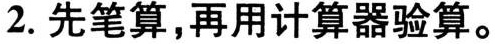
2. 先笔算，再用计算器验算。